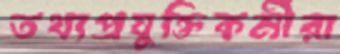
তথ্যপ্রযুক্তিকর্মীরা